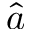
\hat { a }